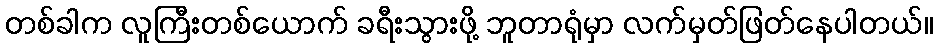
တစ်ခါက လူကြီးတစ်ယောက် ခရီးသွားဖို့ ဘူတာရုံမှာ လက်မှတ်ဖြတ်နေပါတယ်။